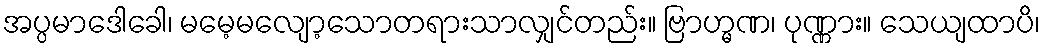
အပ္ပမာဒေါခေါ၊ မမေ့မလျော့သောတရားသာလျှင်တည်း။ ဗြာဟ္မဏ၊ ပုဏ္ဏား။ သေယျထာပိ၊